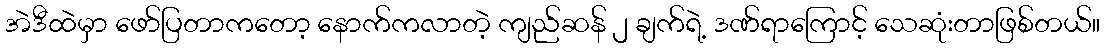
အဲဒီထဲမှာ ဖော်ပြတာကတော့ နောက်ကလာတဲ့ ကျည်ဆန် ၂ ချက်ရဲ့ ဒဏ်ရာကြောင့် သေဆုံးတာဖြစ်တယ်။